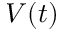
V ( t )